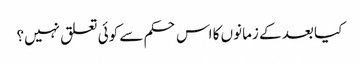
کیا بعد کے زمانوں کا اس حکم سے کوئی تعلق نہیں؟